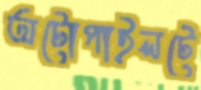
অটোপাইলটে